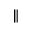
\parallel